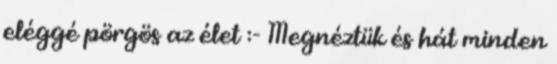
eléggé pörgös az élet :- Megnéztük és hát minden